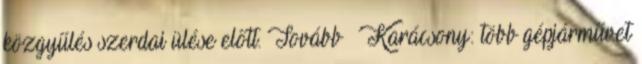
közgyűlés szerdai ülése előtt. Tovább › ›Karácsony: több gépjárművet